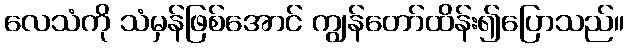
လေသံကို သံမှန်ဖြစ်အောင် ကျွန်တော်ထိန်း၍ပြောသည်။